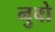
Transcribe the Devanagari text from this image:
नुवो